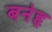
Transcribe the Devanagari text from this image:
बनेहृ